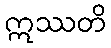
ဣဿတိ